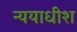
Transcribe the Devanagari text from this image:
न्ययाधीश